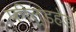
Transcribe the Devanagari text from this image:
फील्डहेड